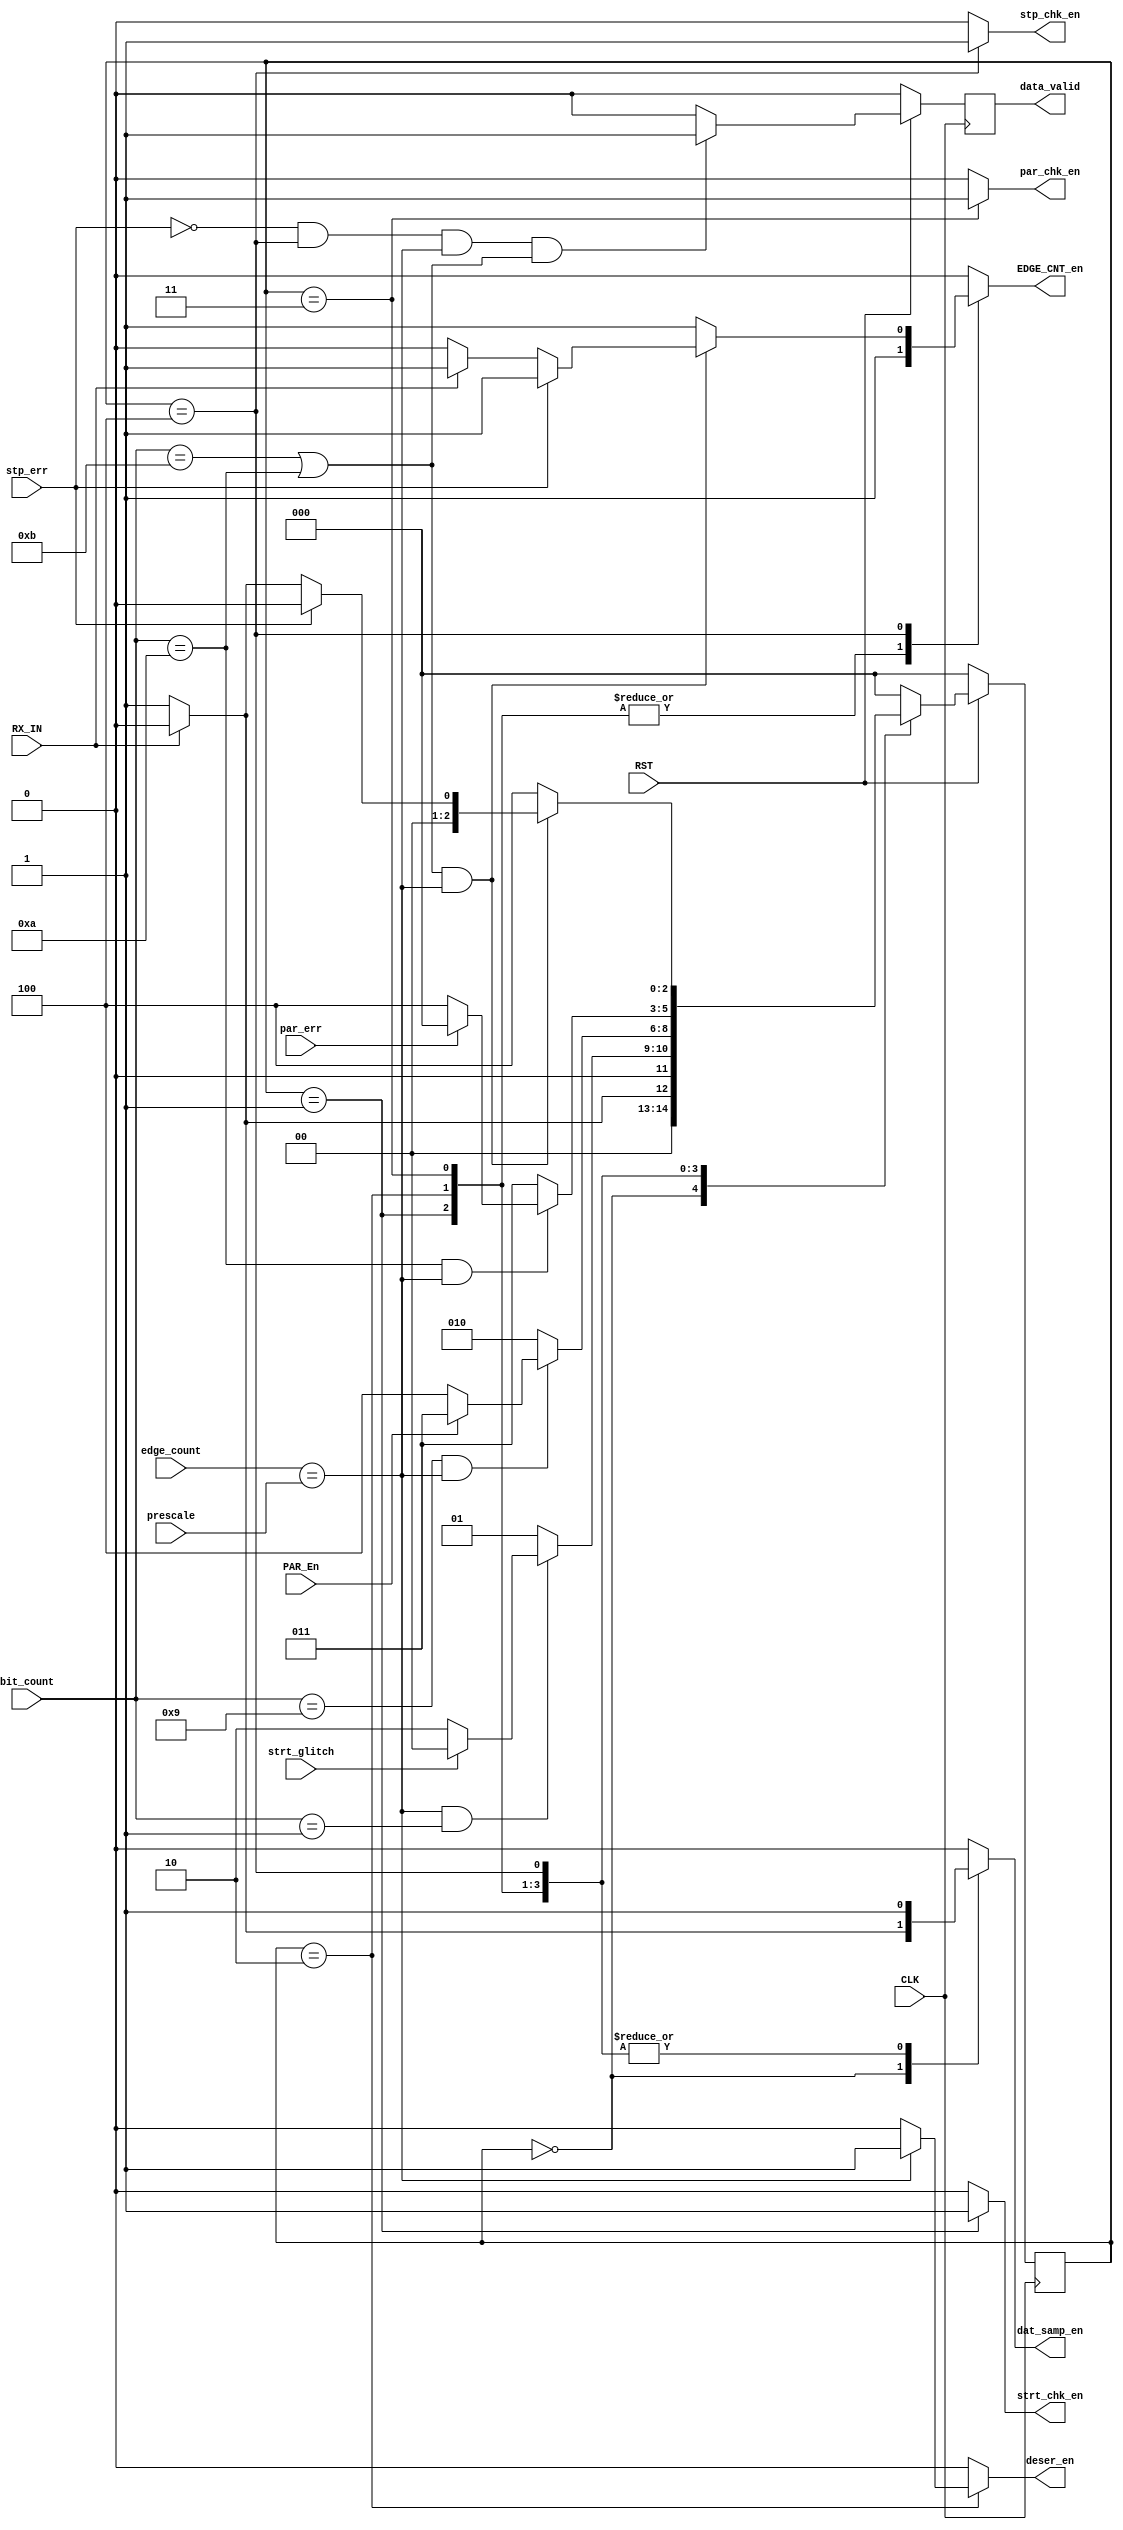
module FSM_RX_UART  #(parameter data_width=8) (

input    RX_IN,PAR_En,
input CLK,RST,
input      par_err, strt_glitch, stp_err,
input [3:0]      bit_count,
input  [5:0]	edge_count,
input  [5:0] prescale,
output  reg  dat_samp_en, EDGE_CNT_en,	
output  reg deser_en,data_valid, stp_chk_en,	
output  reg strt_chk_en,par_chk_en		


);



localparam [2:0] IDLE =0,
			STRT_CHK=1, 
			DATA_CHK=2,
			Par_CHK=3,
			STOP_CHK=4;
			
			
			
reg	[2:0] CU_STATE,NXT_STATE;













always @(posedge CLK )
begin

if(!RST)
begin
	data_valid<=0;
end
else
begin
	
	if(!stp_err && CU_STATE==STOP_CHK && edge_count==prescale && (bit_count==11 || bit_count==10))
	begin
		data_valid<=1;
	end
	else
	begin
		data_valid<=0;
	end
end
end




always @(posedge CLK )
begin

if(!RST)
begin
	CU_STATE<=IDLE;
end
else
begin
	
	CU_STATE<= NXT_STATE;
end
end














			
			
always @(*)
begin

case(CU_STATE)
IDLE:
begin
	dat_samp_en=0; 
	EDGE_CNT_en=0;
	deser_en=0;
	//data_valid=0; 
	stp_chk_en=0;
	strt_chk_en=0;
	par_chk_en=0;	
	if(RX_IN==1) // still IDLE
	begin
		NXT_STATE=IDLE;
		
	end
	else
	begin
		NXT_STATE=STRT_CHK;
		dat_samp_en=1; 
		
		
	end
end
STRT_CHK:
begin
	strt_chk_en=1;
	dat_samp_en=1; 
	EDGE_CNT_en=1;
	deser_en=0;
	//data_valid=0; 
	stp_chk_en=0;
	par_chk_en=0;	
	
	if(edge_count==prescale && bit_count=='b1)/////amaken
	begin
		if(!strt_glitch)	// it is real strt bit
		begin
			NXT_STATE=DATA_CHK;
			
			
			
			
			
			
			
			
			
		end
		else
		begin
			NXT_STATE=IDLE;
			
			// o/p depend on nxtstate and current input [mealy]
			//if it wasnt i wouldnt wrote the bellow o/p =0
			// but i want to change it before the nxt clck [combinational]

		end
		
	end
	else	//still not done sampling
	begin
		NXT_STATE=STRT_CHK;
		
		
		
		
		
		
		
	end
	

		
		
		
		
end
DATA_CHK:
begin
	strt_chk_en=0;
    dat_samp_en=1; 
    EDGE_CNT_en=1;
    
    //data_valid=0; 
    stp_chk_en=0;
    par_chk_en=0;	

	if(edge_count==prescale)
		deser_en=1;
	else
		deser_en=0;


	if(bit_count==9 && edge_count==prescale) //bit_count is  done with bit no 9 so i can check parity now
	begin
		
		if(PAR_En==1)
		begin
		
	
			NXT_STATE=Par_CHK;
			
			
			
			
			
			
			
		end
		else
		begin
			NXT_STATE=STOP_CHK;
			
			
			
			
			
			
			
		end
	
	
	
	end
	else
	begin
		NXT_STATE=DATA_CHK;	
		
	end
end
Par_CHK:
begin


	strt_chk_en=0;
    dat_samp_en=1;
    EDGE_CNT_en=1;
    deser_en=0;
    //data_valid=0;
    stp_chk_en=0;
    par_chk_en=1;




	if(bit_count==10 && edge_count==prescale)
	begin
		if(!par_err) //no error
		begin
			NXT_STATE=STOP_CHK;
			
		end
		else
		begin
			NXT_STATE=IDLE;
			
		end
	end
	else
	begin
		NXT_STATE=Par_CHK;
		
	end
	
	
	
	
	
	
end
STOP_CHK:
begin
	strt_chk_en=0;
    dat_samp_en=1;
    EDGE_CNT_en=1;
    deser_en=0;
    //data_valid=0;
    stp_chk_en=1;
    par_chk_en=0;








	if((bit_count==11 || bit_count==10) && edge_count==prescale)
	begin
		if(!stp_err)
		begin
			//data_valid=1;
			if(RX_IN==1)
			begin
				NXT_STATE=IDLE;
				
			end
			else
			begin
				NXT_STATE=STRT_CHK;
				EDGE_CNT_en=0; // to reset bit _count 
				
			end
		end
		else
		begin
			NXT_STATE=IDLE;
			
		end
	end
	else
	begin
		NXT_STATE=STOP_CHK;
		
	end
end

default:
begin
EDGE_CNT_en=0;
deser_en=0;
strt_chk_en=0;
par_chk_en=0;
stp_chk_en=0;
dat_samp_en=0;
NXT_STATE=IDLE;
end

endcase












end






endmodule
/*



??? ?? data_valid
*/